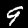
Label: 9